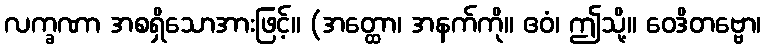
လက္ခဏာ အစရှိသောအားဖြင့်။ (အတ္ထော၊ အနက်ကို။ ဧဝံ၊ ဤသို့။ ဝေဒိတဗ္ဗော၊